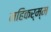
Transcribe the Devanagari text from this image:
महिकर्म्म